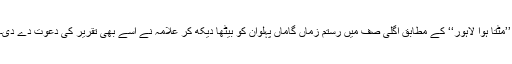
’’مٹتا ہوا لاہور‘‘ کے مطابق اگلی صف میں رستم زماں گاماں پہلوان کو بیٹھا دیکھ کر علامہ نے اسے بھی تقریر کی دعوت دے دی۔